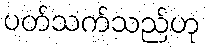
ပတ်သက်သည်ဟု